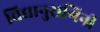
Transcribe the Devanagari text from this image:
विद्यानुरागिनी